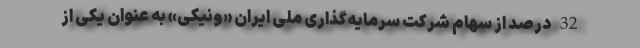
32 درصد از سهام شرکت سرمایه‌گذاری ملی ایران «ونیکی» به عنوان یکی از